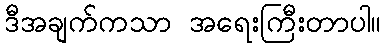
ဒီအချက်ကသာ အရေးကြီးတာပါ။